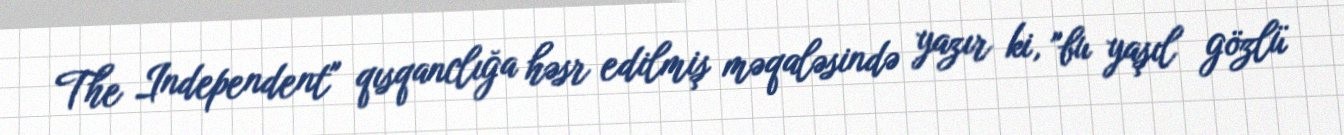
The Independent" qısqanclığa həsr edilmiş məqaləsində yazır ki, "bu yaşıl gözlü